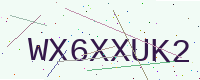
Text: WX6XXUK2